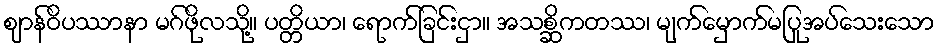
ဈာန်ဝိပဿာနာ မဂ်ဖိုလသို့။ ပတ္တိယာ၊ ရောက်ခြင်းငှာ။ အသစ္ဆိကတဿ၊ မျက်မှောက်မပြုအပ်သေးသော